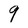
Character: 9